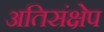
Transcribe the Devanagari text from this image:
अतिसंक्षेप